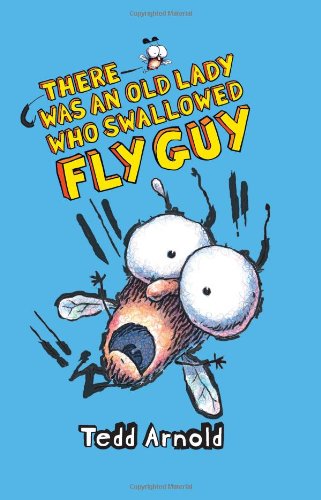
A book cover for There Was an Old Lady Who Swallowed Fly Guy; Tedd Arnold; Children's Books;